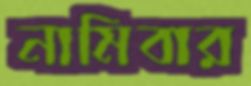
নামিবার